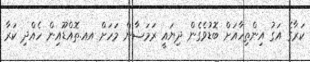
ކަރާގެ އަގު އިންތިހާއަށް ބޮޑުވެގެން ދިޔައީ ރަމަޟާން މަހަށް އއ.ތޮއްޑޫއިން ހެއްދި ކަރާ